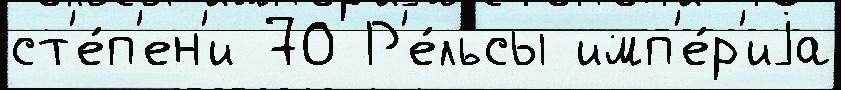
ст'е́п'ен'и 70 Р'е́льсы имп'е́р'иjа